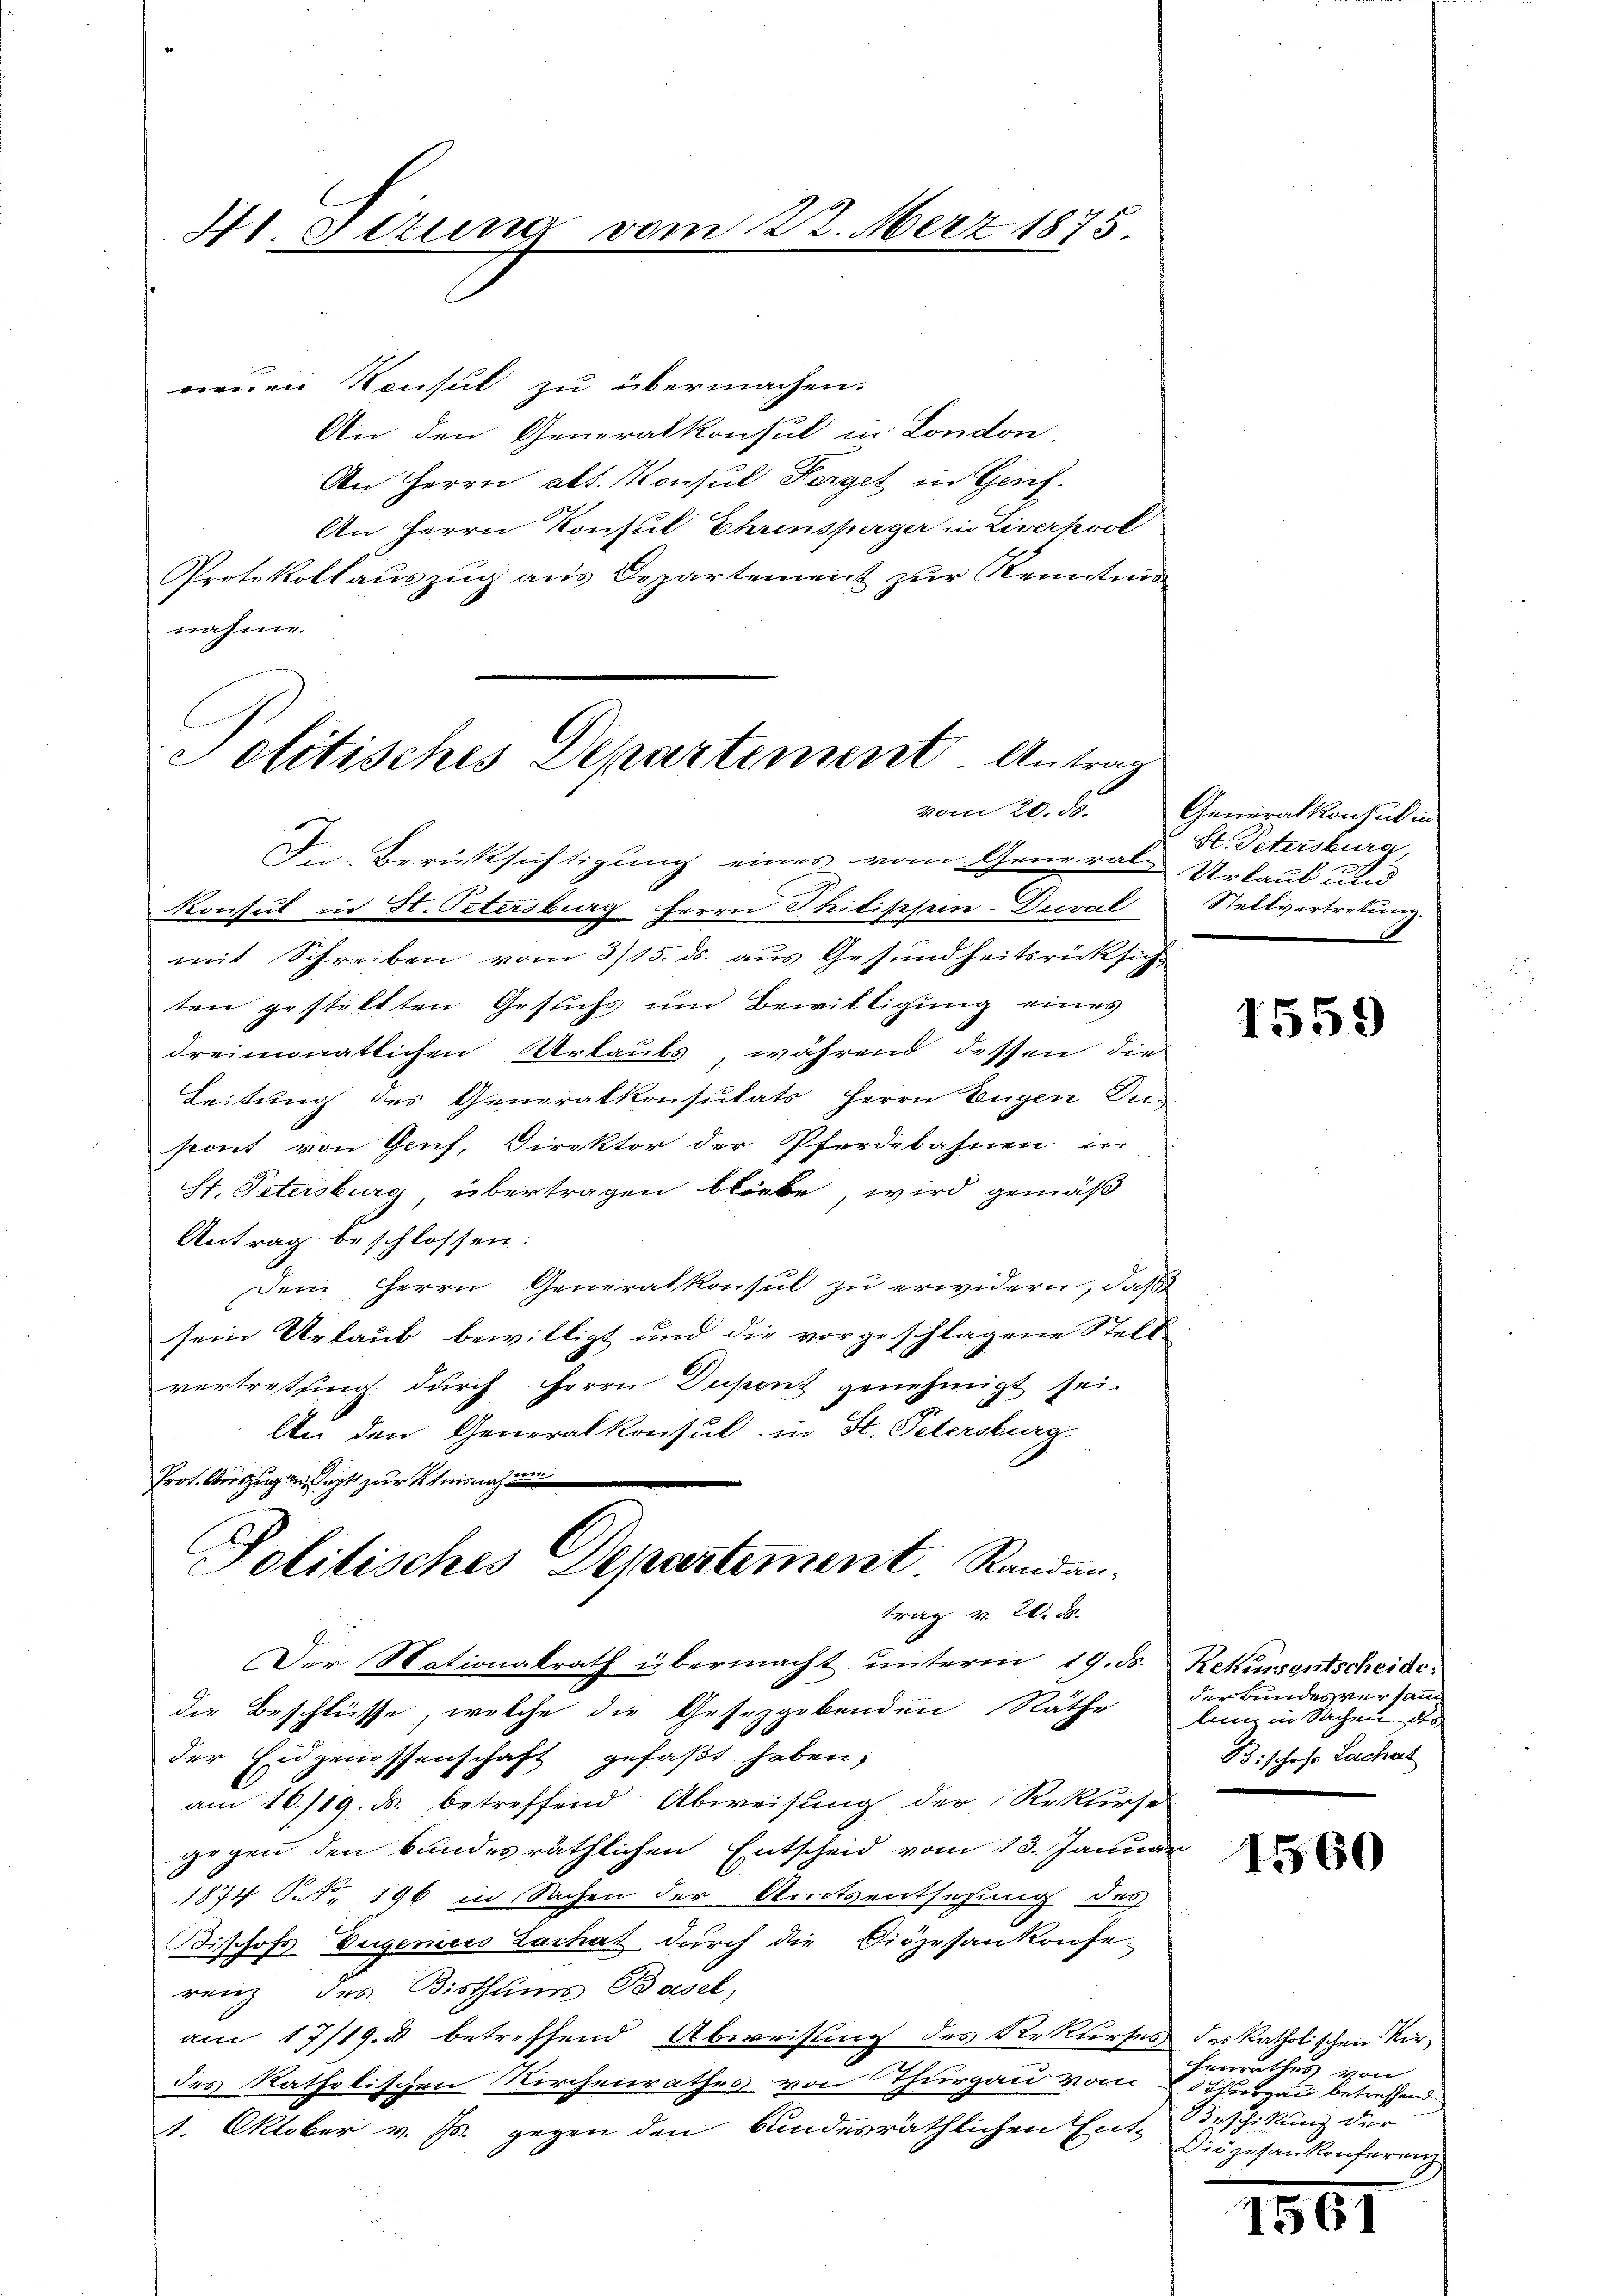
41. Situng vom 22. Merz 1875

Politisches Departiment. Antrag
vom 26. ds.

neuen Konsul zu übermachen.
An den Generalkonsul in London.
An Herrn alt. Konsul Herget in Genf.
An Herrn Konsul Ehrensperger in Liverkool
Protokollauszug aus Departement zur Kenntni
nahme.
In Berücksichtigung eines vom General-Urlaub und
Konsul in H. Ostersburg herrn Philischein-Ducral
mit Schreiben vom 3/15. ds. aus Gesundheitsrücksichten gestellten Gesuchs um Bewilligung eines
dreimonatlichen Urlaubs, während dessen die
Leitung des Generalkonsulats Herrn Eugen Dus
sont von Genf, Direktor der Pferdebahnen in
St. Petersburg übertragen bliebe, wird gemäß
Antrag beschlossen:
Dem Herrn Generalkonsul zu erwidern, daß
sein Urlaub bewilligt und die vorgeschlagene Stell
vertreting durch Herrn Duponz genehmigt sei.
An den Generalkonsul in St. Petersburg.
Prot. Auszug an Sept zur Steinah au
Politisches Departement. Randantrag v. 20. d.
Der Nationalrath übermacht unterm 19. ds. Reinsentscheide
die Beschlüsse, welche die Gesetzgebenden Räthe
der Eidgenossenschaft gefaßt haben,
am 16./19. ds. betreffend Abweisung der Rekurse
gegen den bundesräthlichen Entscheid vom 13. Januar
1874 S.S. 196 in Sachen der Amtsentsehung des
ischofs Eugeniers Lachat durch die Diözesankonfe-
renz des Bisthums Basel,
am 17/19. 3 betreffend Abweisung des Rekurses des katholischen Vordes katholischen Kirchenrathes von Thurgau vom Thurgau betreffend
1. Oktober v. Js. gegen den bundesräthlichen Ent-deschikung der

Generalkonsul in
St. Petersburg,
Stellvertretung

1559

der Bundesversam
lnn in Sachen des
B. schose Lachat

1560

henrathes von
Diözesankonferenz

1567